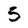
Character: 5